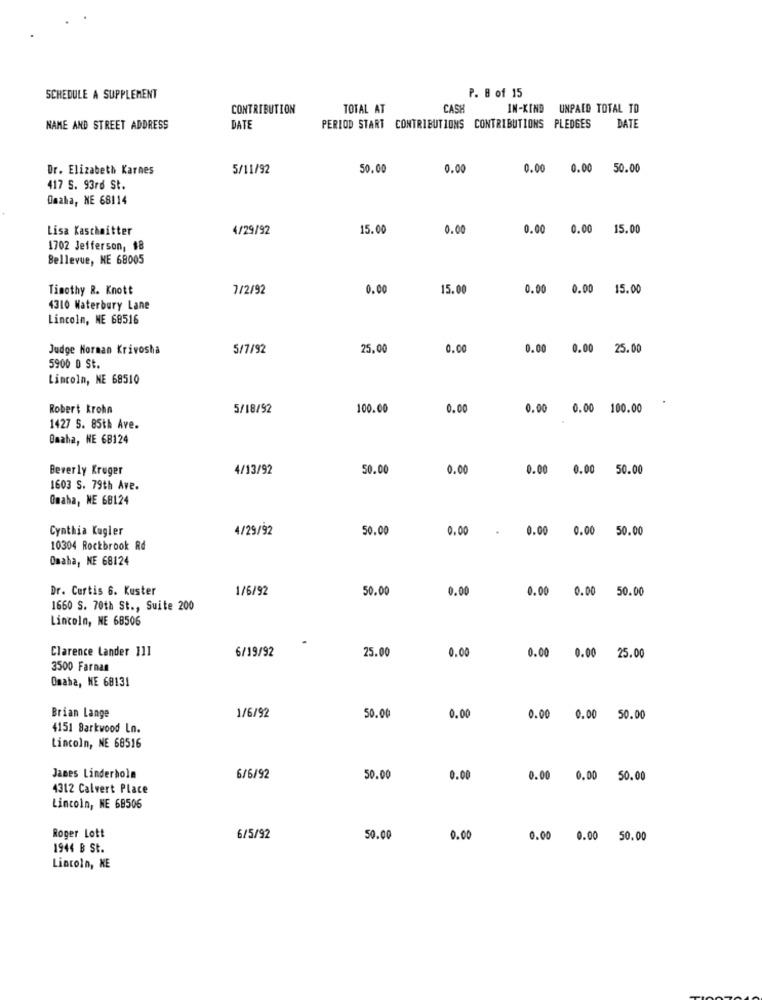
P. B of 15
SCHEDULE A SUPPLEMENT
CONTRIBUTION
TOTAL AT
CASH
IN-KIND UNPAID TOTAL TO
NAME AND STREET ADDRESS
DATE
PERIOD START CONTRIBUTIONS CONTRIBUTIONS PLEDGES
DATE
Dr. Elizabeth Karnes
5/11/92
50.00
0.00
0.00
0.00
50.00
417 S. 93rd St.
Omaha, NE 68114
Lisa Kaschaitter
4/29/92
15.00
0.00
0.00 0.00 15.00
1702 Jefferson, #8
Bellevue, NE 68005
Timothy R. Knott
7/2/92
0.00
15.00
0.00
0.00 15.00
4310 Waterbury Lane
Lincoln, NE 68516
Judge Horman Krivosha
5/7/92
25.00
0.00
0.00 0.00 25.00
5900 0 St.
Lincoln, NE 68510
Robert krohn
5/18/92
100.00
0.00
0.00 0.00 100.00
1427 5. 85th Ave.
Omaha, NE 68124
Beverly Kruger
4/13/92
50.00
0.00
0.00 0.00 50.00
1603 S. 79th Ave.
Omaha, NE 68124
Cynthia Kugler
4/29/92
50.00
0.00
. 0.00 0.00 50.00
10304 Rockbrook Rd
Omaha, KE 68124
Dr. Curtis 6. Kuster
1/6/92
50.00
0.00
0.00 0.00 50.00
1660 S. 70th St ., Suite 200
Lincoln, NE 68506
Clarence Lander 111
6/19/92
25.00
0.00
0.00 0.00 25.00
3500 Farna
Omaha, NE 68131
Brian Lange
1/6/92
50.00
0.00
0.00 0.00 50.00
4151 Barkwood Ln.
Lincoln, NE 68516
James Linderholn
6/6/92
50.00
0.00
0.00
0.00 50.00
4312 Calvert Place
Lincoln, NE 68506
Roger Lott
6/5/92
50.00
0.00
0.00 0.00 50.00
1944 B St.
Lincoln, NE